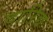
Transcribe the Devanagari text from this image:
दारिद्य